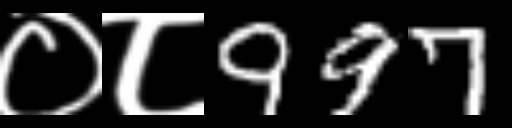
Text: ०८997